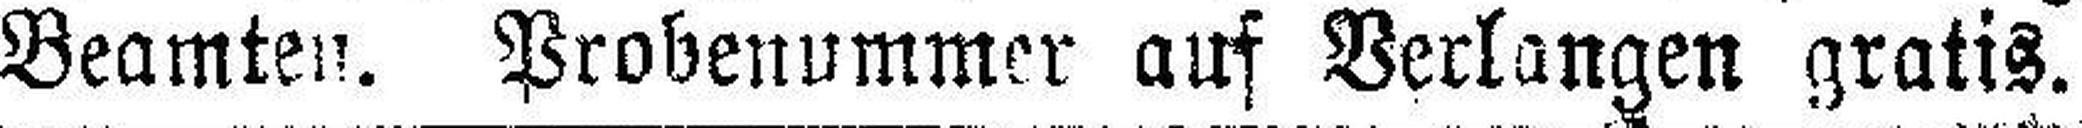
Beamten. Probenummer auf Verlangen gratis.